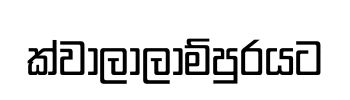
ක්වාලාලාම්පුරයට